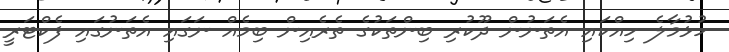
ހުޅުމާލެ ހިއްކަައި އެތަނުން ދޫކުރި ބިންތަކުގެ ތެރެއިން ބިމެއް ނަގައި އެތަނުގައި ފެކްޓަރީ